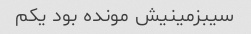
سیبزمینیش مونده بود یکم